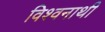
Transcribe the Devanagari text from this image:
विश्वनाथी